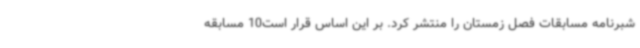
شبرنامه مسابقات فصل زمستان را منتشر کرد. بر این اساس قرار است10 مسابقه